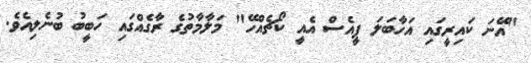
"އޭނަ ކައިރީގައި އަހާބަލަ ޕީއެސް އެއީ ކޯޗެއްހޭ" މަލާމާތުގެ ރާގެއްގައި ހަބީބު ބުނެލިއެވެ.